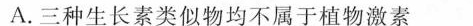
A.三种生长素类似物均不属于植物激素